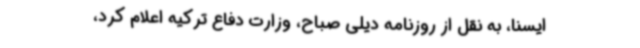
ایسنا،‌ به نقل از روزنامه دیلی صباح، وزارت دفاع ترکیه اعلام کرد،